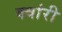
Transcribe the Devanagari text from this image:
क्वांरी